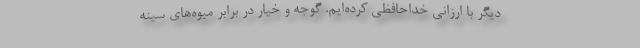
دیگر با ارزانی خداحافظی کرده‌ایم. گوجه و خیار در برابر میوه‌های سینه